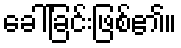
ခေါ်ခြင်းဖြစ်၏။